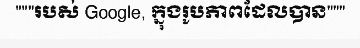
"""របស់ Google, ក្នុងរូបភាពដែលបាន"""